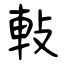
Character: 軙